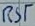
Text: RST